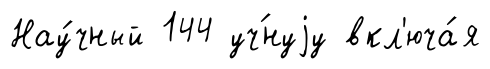
Нау́чный 144 уч́нуjу вкл'юча́я